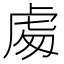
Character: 䖏